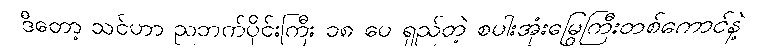
ဒီတော့ သင်ဟာ ညဘက်ပိုင်းကြီး ၁၈ ပေ ရှည်တဲ့ စပါးအုံးမြွေကြီးတစ်ကောင်နဲ့